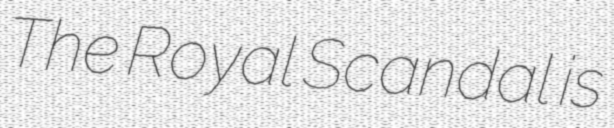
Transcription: The Royal Scandal is